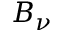
B _ { \nu }